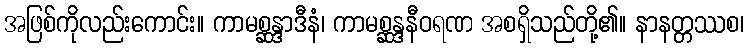
အဖြစ်ကိုလည်းကောင်း။ ကာမစ္ဆန္ဒာဒီနံ၊ ကာမစ္ဆန္ဒနီဝရဏ အစရှိသည်တို့၏။ နာနတ္တဿစ၊